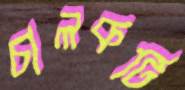
চালকটি